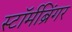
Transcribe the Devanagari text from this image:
स्टॉर्मब्रिंगर